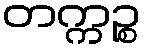
တက္ကဉ္စ